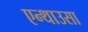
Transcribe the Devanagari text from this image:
एन्थाउसा